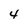
Character: 4